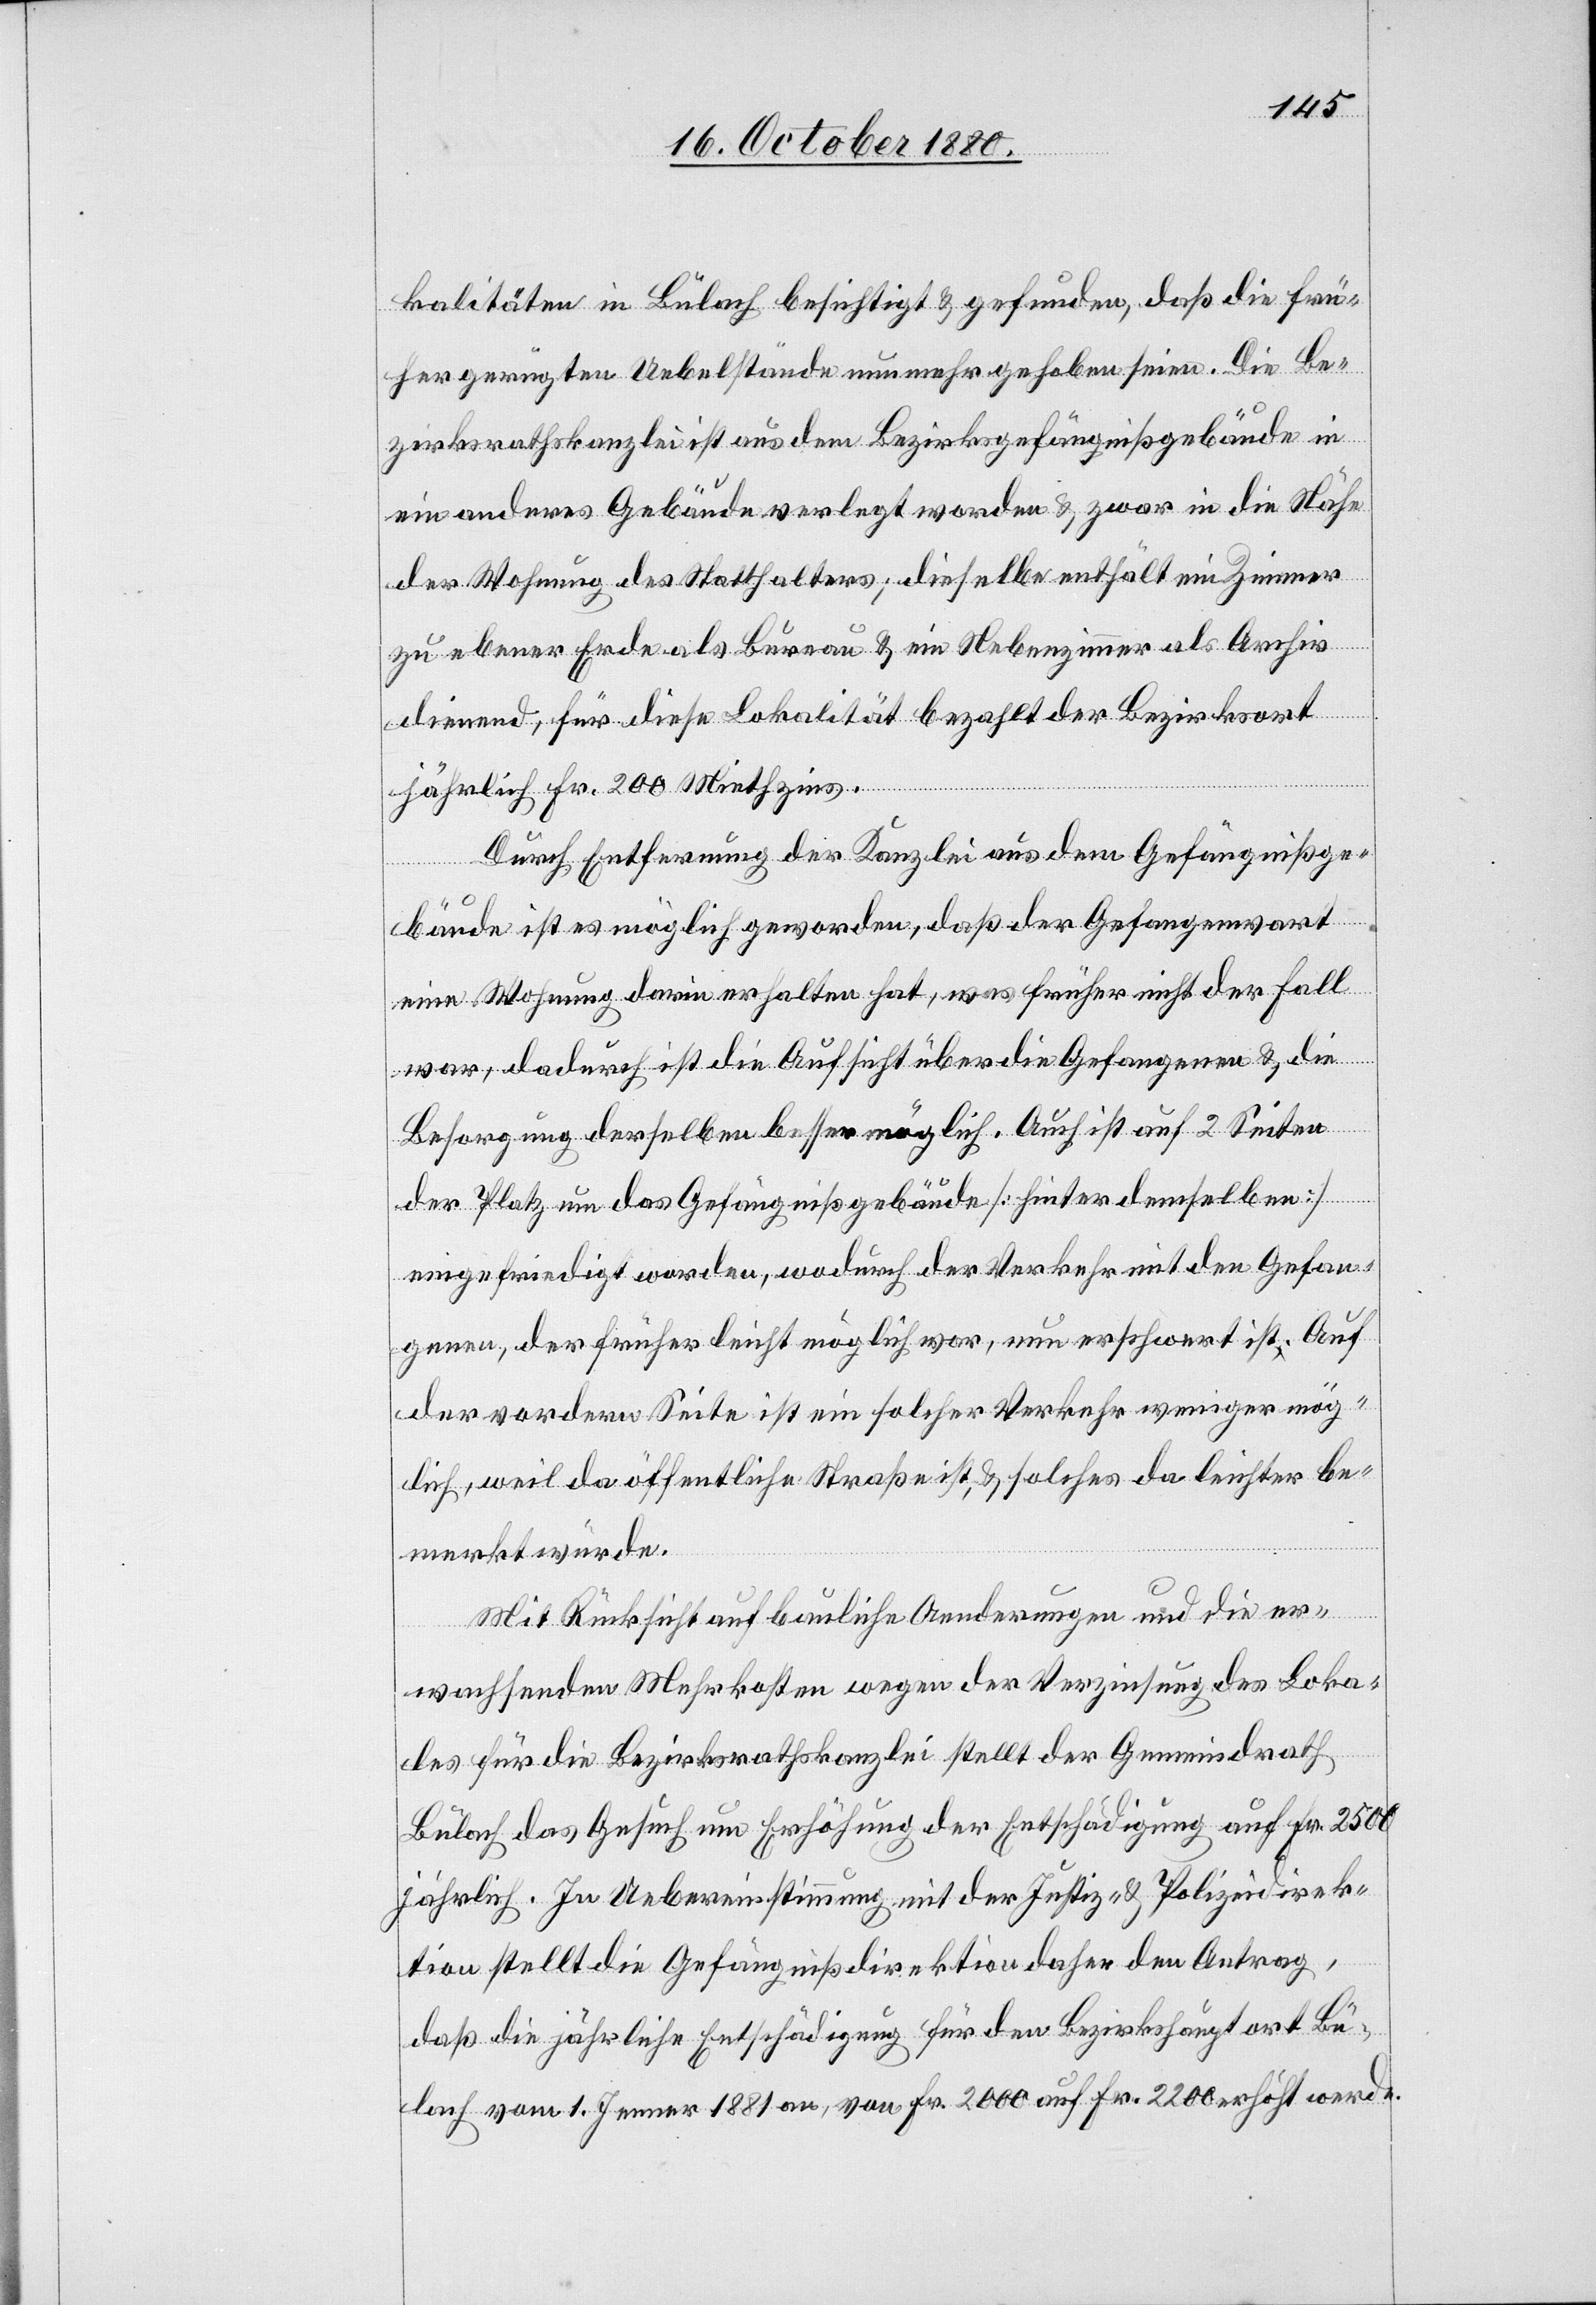
kalitäten in Bülach besichtigt & gefunden, daß die frü¬
her gerügten Uebelstände nunmehr gehoben seien. Die Be¬
zirksrathskanzlei ist aus dem Bezirksgefängnißgebäude in
ein anderes Gebäude verlegt worden & zwar in die Nähe
der Wohnung des Statthalters; dieselbe enthält ein Zimmer
zu ebener Erde als Bureau & ein Nebenzimmer als Archiv
dienend, für diese Lokalität bezahlt der Bezirksort
jährlich Fr. 200 Miethzins.
Durch Entfernung der Kanzlei aus dem Gefängnißge¬
bäude ist es möglich geworden, daß der Gefangenwart
eine Wohnung darin erhalten hat, was früher nicht der Fall
war, dadurch ist die Aufsicht über die Gefangenen & die
Besorgung derselben besser möglich. Auch ist auf 2 Seiten
der Platz um das Gefängnißgebäude [hinter demselben]
eingefriedigt worden, wodurch der Verkehr mit den Gefan¬
genen, der früher leicht möglich war, nun erschwert ist. Auf
der vordern Seite ist ein solcher Verkehr weniger mög¬
lich, weil da öffentliche Straße ist, & solches da leichter be¬
merkt würde.
Mit Rücksicht auf bauliche Aenderungen und die er¬
wachsenen Mehrkosten wegen der Verzinsung des Loka¬
les für die Bezirkskanzlei stellt der Gemeindrath
Bülach das Gesuch um Erhöhung der Entschädigung auf Fr. 2500
jährlich. In Uebereinstimmung mit der Justiz- & Polizeidirek¬
tion stellt die Gefängnißdirektion den Antrag,
daß die jährliche Entschädigung für den Bezirkshauptort Bü¬
lach vom 1. Jenner 1881 an, von Fr. 2000 auf Fr. 2200 erhöht werde.